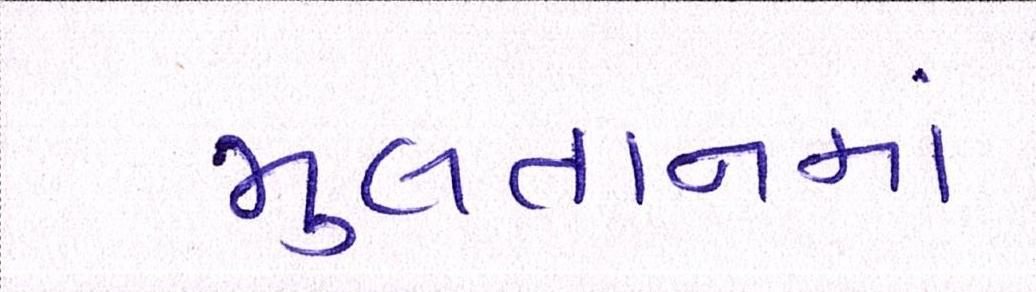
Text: મુલતાનમાં